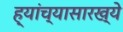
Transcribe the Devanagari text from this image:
ह्यांच्यासारख्ये